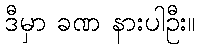
ဒီမှာ ခဏ နားပါဦး။